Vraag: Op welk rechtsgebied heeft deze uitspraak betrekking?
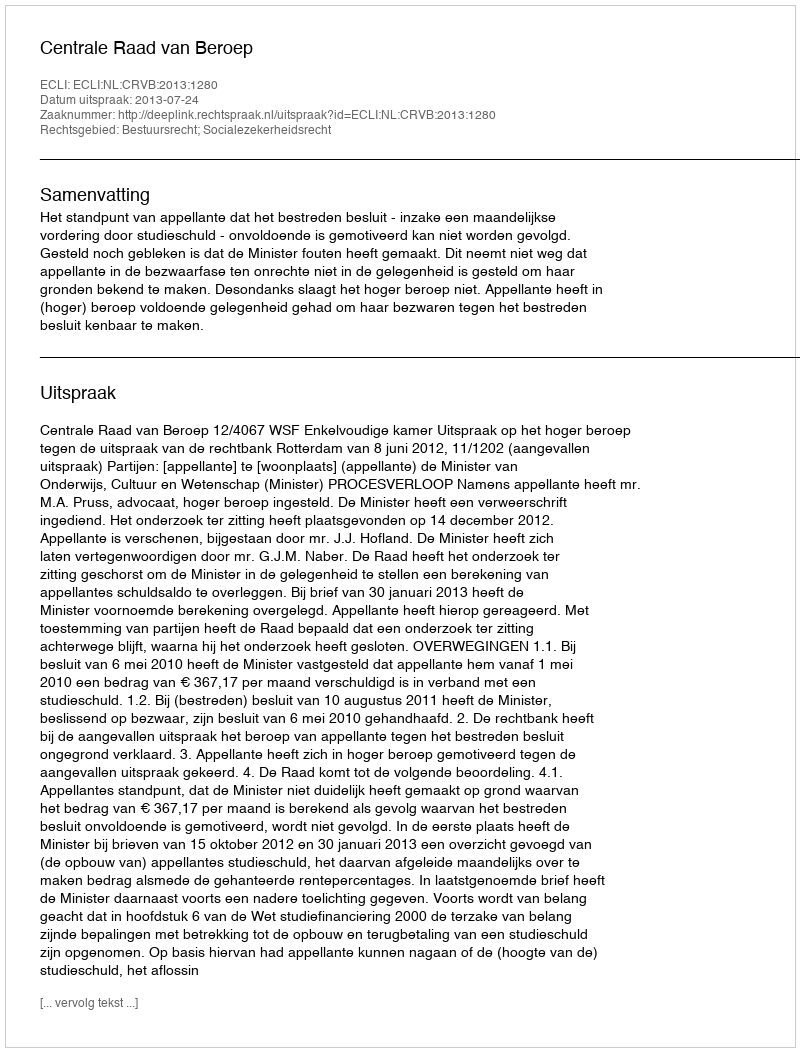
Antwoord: Bestuursrecht; Socialezekerheidsrecht